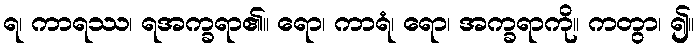
ရ၊ ကာရဿ၊ ရအက္ခရာ၏။ ရော၊ ကာရံ၊ ရော၊ အက္ခရာကို။ ကတွာ၊ ၍။